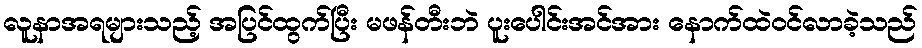
လူနာအရများသည့် အပြင်ထွက်ပြီး မဖန်တီးဘဲ ပူးပေါင်းအင်အား နောက်ထဲဝင်လာခဲ့သည်